Document type: Sale
Year: 1290
Scribe: Miquel Rotllan
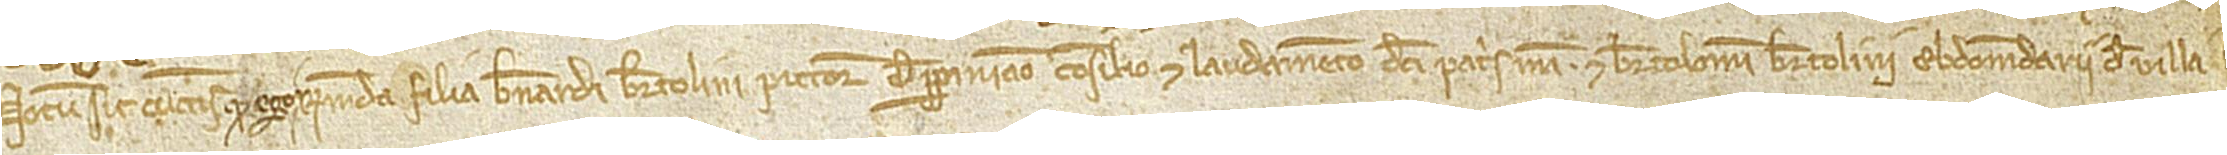
Notum sit cunctis quod ego Raimunda, filia Bernardi Bertolini, pictore de Perpiniano, consilio et laudamento dicti patris mea et Bartolomei Bertolini, ebdomadarii de Villa